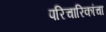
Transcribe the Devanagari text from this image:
परिचारिकांचा